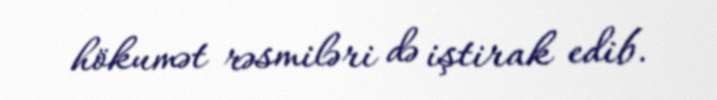
hökumət rəsmiləri də iştirak edib.